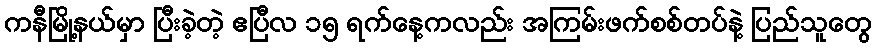
ကနီမြို့နယ်မှာ ပြီးခဲ့တဲ့ ဧပြီလ ၁၅ ရက်နေ့ကလည်း အကြမ်းဖက်စစ်တပ်နဲ့ ပြည်သူတွေ